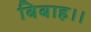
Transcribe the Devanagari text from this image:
बिबाह।।